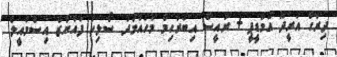
ދިރާގު އުރީދޫ އެމްޑީޕީ + ރައީސް އިބްރާހިމް މުހައްމަދު ސޯލިހު ފައްޔާޒް އިސްމާއީލް